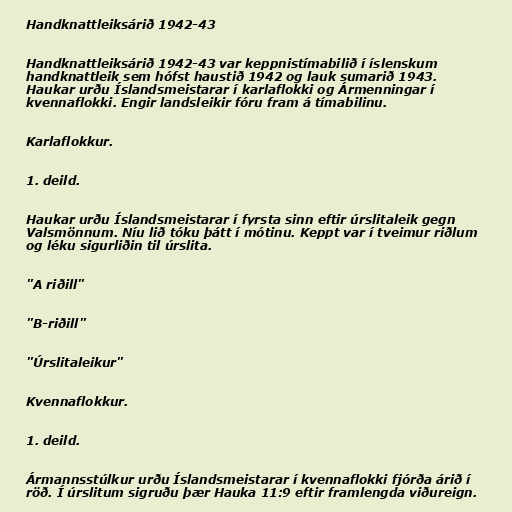
Handknattleiksárið 1942-43

Handknattleiksárið 1942-43 var keppnistímabilið í íslenskum
handknattleik sem hófst haustið 1942 og lauk sumarið 1943.
Haukar urðu Íslandsmeistarar í karlaflokki og Ármenningar í
kvennaflokki. Engir landsleikir fóru fram á tímabilinu.

Karlaflokkur.

1. deild.

Haukar urðu Íslandsmeistarar í fyrsta sinn eftir úrslitaleik gegn
Valsmönnum. Níu lið tóku þátt í mótinu. Keppt var í tveimur riðlum
og léku sigurliðin til úrslita.

"A riðill"

"B-riðill"

"Úrslitaleikur"

Kvennaflokkur.

1. deild.

Ármannsstúlkur urðu Íslandsmeistarar í kvennaflokki fjórða árið í
röð. Í úrslitum sigruðu þær Hauka 11:9 eftir framlengda viðureign.